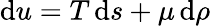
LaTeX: \mathrm{d}u=T\, \mathrm{d}s+\mu\, \mathrm{d}\rho